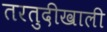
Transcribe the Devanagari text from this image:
तरतुदीखाली